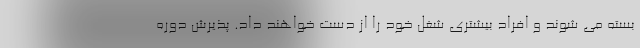
بسته می شوند و افراد بیشتری شغل خود را از دست خواهند داد. پذيرش دوره